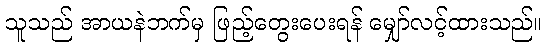
သူသည် အာယနဲဘက်မှ ဖြည့်တွေးပေးရန် မျှော်လင့်ထားသည်။